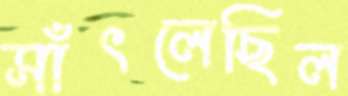
সাঁৎলেছিল